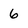
Character: 6